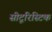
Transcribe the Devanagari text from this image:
सीटूरिस्टिक